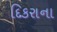
દિકરાના